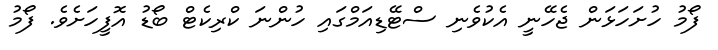
ފޯމު ހުށަހަޅަން ޖެހޭނީ އެކުވެނި ސްޓޭޑިއަމްގައި ހުންނަ ކްރިކެޓް ބޯޑު އޮފީހަށެވެ. ފޯމު